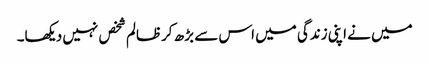
میں نے اپنی زندگی میں اس سے بڑھ کرظالم شخص نہیں دیکھا۔